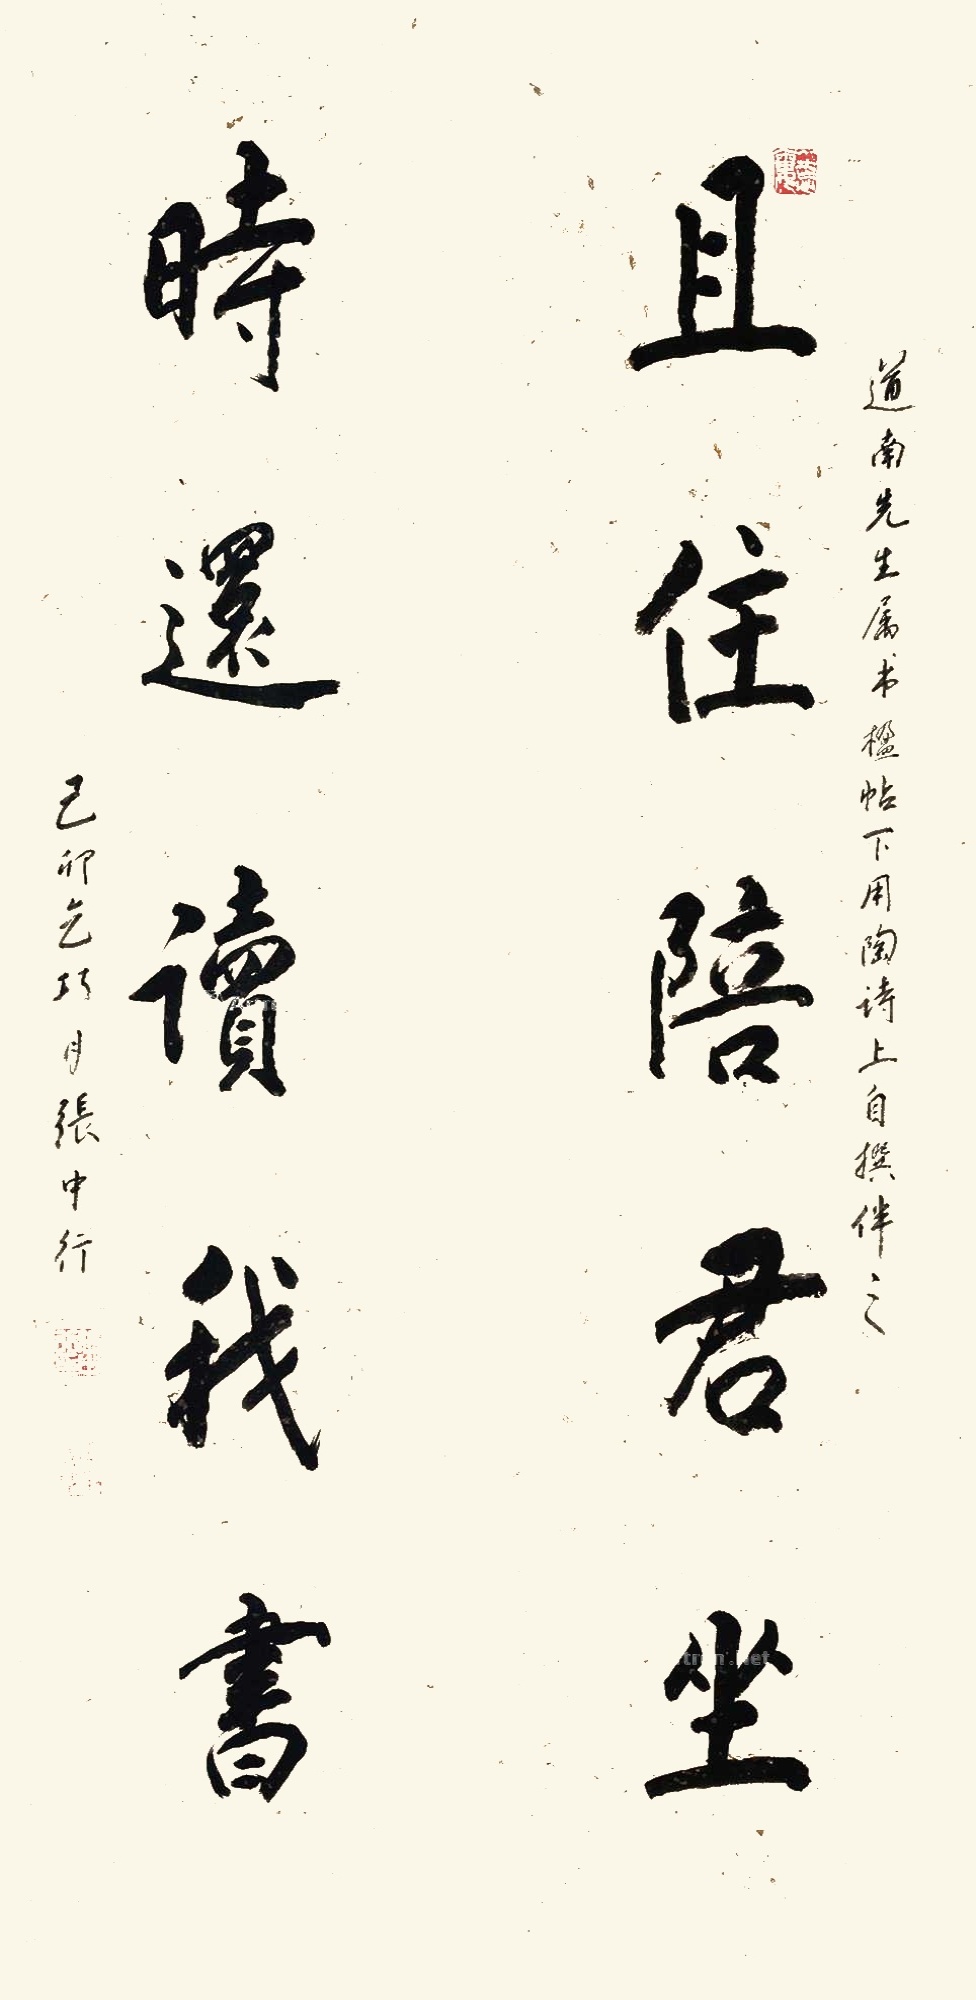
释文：且住陪君坐，时还读我书。道南先生属书，楹帖下用陶诗，上自撰伴之。己卯乞巧月，张中行。